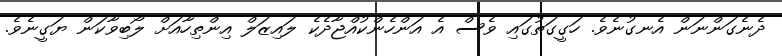
ދެނެގަންނަން އެނގުނެވެ. ހަގީގަތުގައި ވެސް އެ އަންހެންކުއްޖާދެކެ ލައިޒަލް އިންތިހާއަށް ލޯބިވާކަން ޔަގީނެވެ.